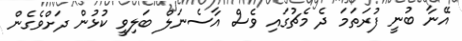
އޭނާ ބުނީ ފުރަތަމަ ދެ މެޗުގައި ވެސް އާސެނަލް ބަލިވީ ކުޅުން ދަށްވެގެން